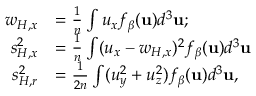
\begin{array} { r l } { w _ { H , x } } & { = \frac { 1 } { n } \int u _ { x } f _ { \boldsymbol { \beta } } ( \mathbf { u } ) d ^ { 3 } \mathbf { u } ; } \\ { s _ { H , x } ^ { 2 } } & { = \frac { 1 } { n } \int ( u _ { x } - w _ { H , x } ) ^ { 2 } f _ { \boldsymbol { \beta } } ( \mathbf { u } ) d ^ { 3 } \mathbf { u } } \\ { s _ { H , r } ^ { 2 } } & { = \frac { 1 } { 2 n } \int ( u _ { y } ^ { 2 } + u _ { z } ^ { 2 } ) f _ { \boldsymbol { \beta } } ( \mathbf { u } ) d ^ { 3 } \mathbf { u } , } \end{array}